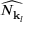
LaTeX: \widehat { N _ { { \mathbf { k } } _ { l } } }